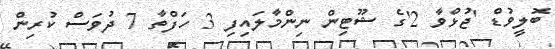
ބޮލީވުޑް 'ޖުޅްވާ 2'ގެ ޝޫޓިން ނިންމާލައިފި 3 ހަފްތާ 7 ދުވަސް ކުރިން